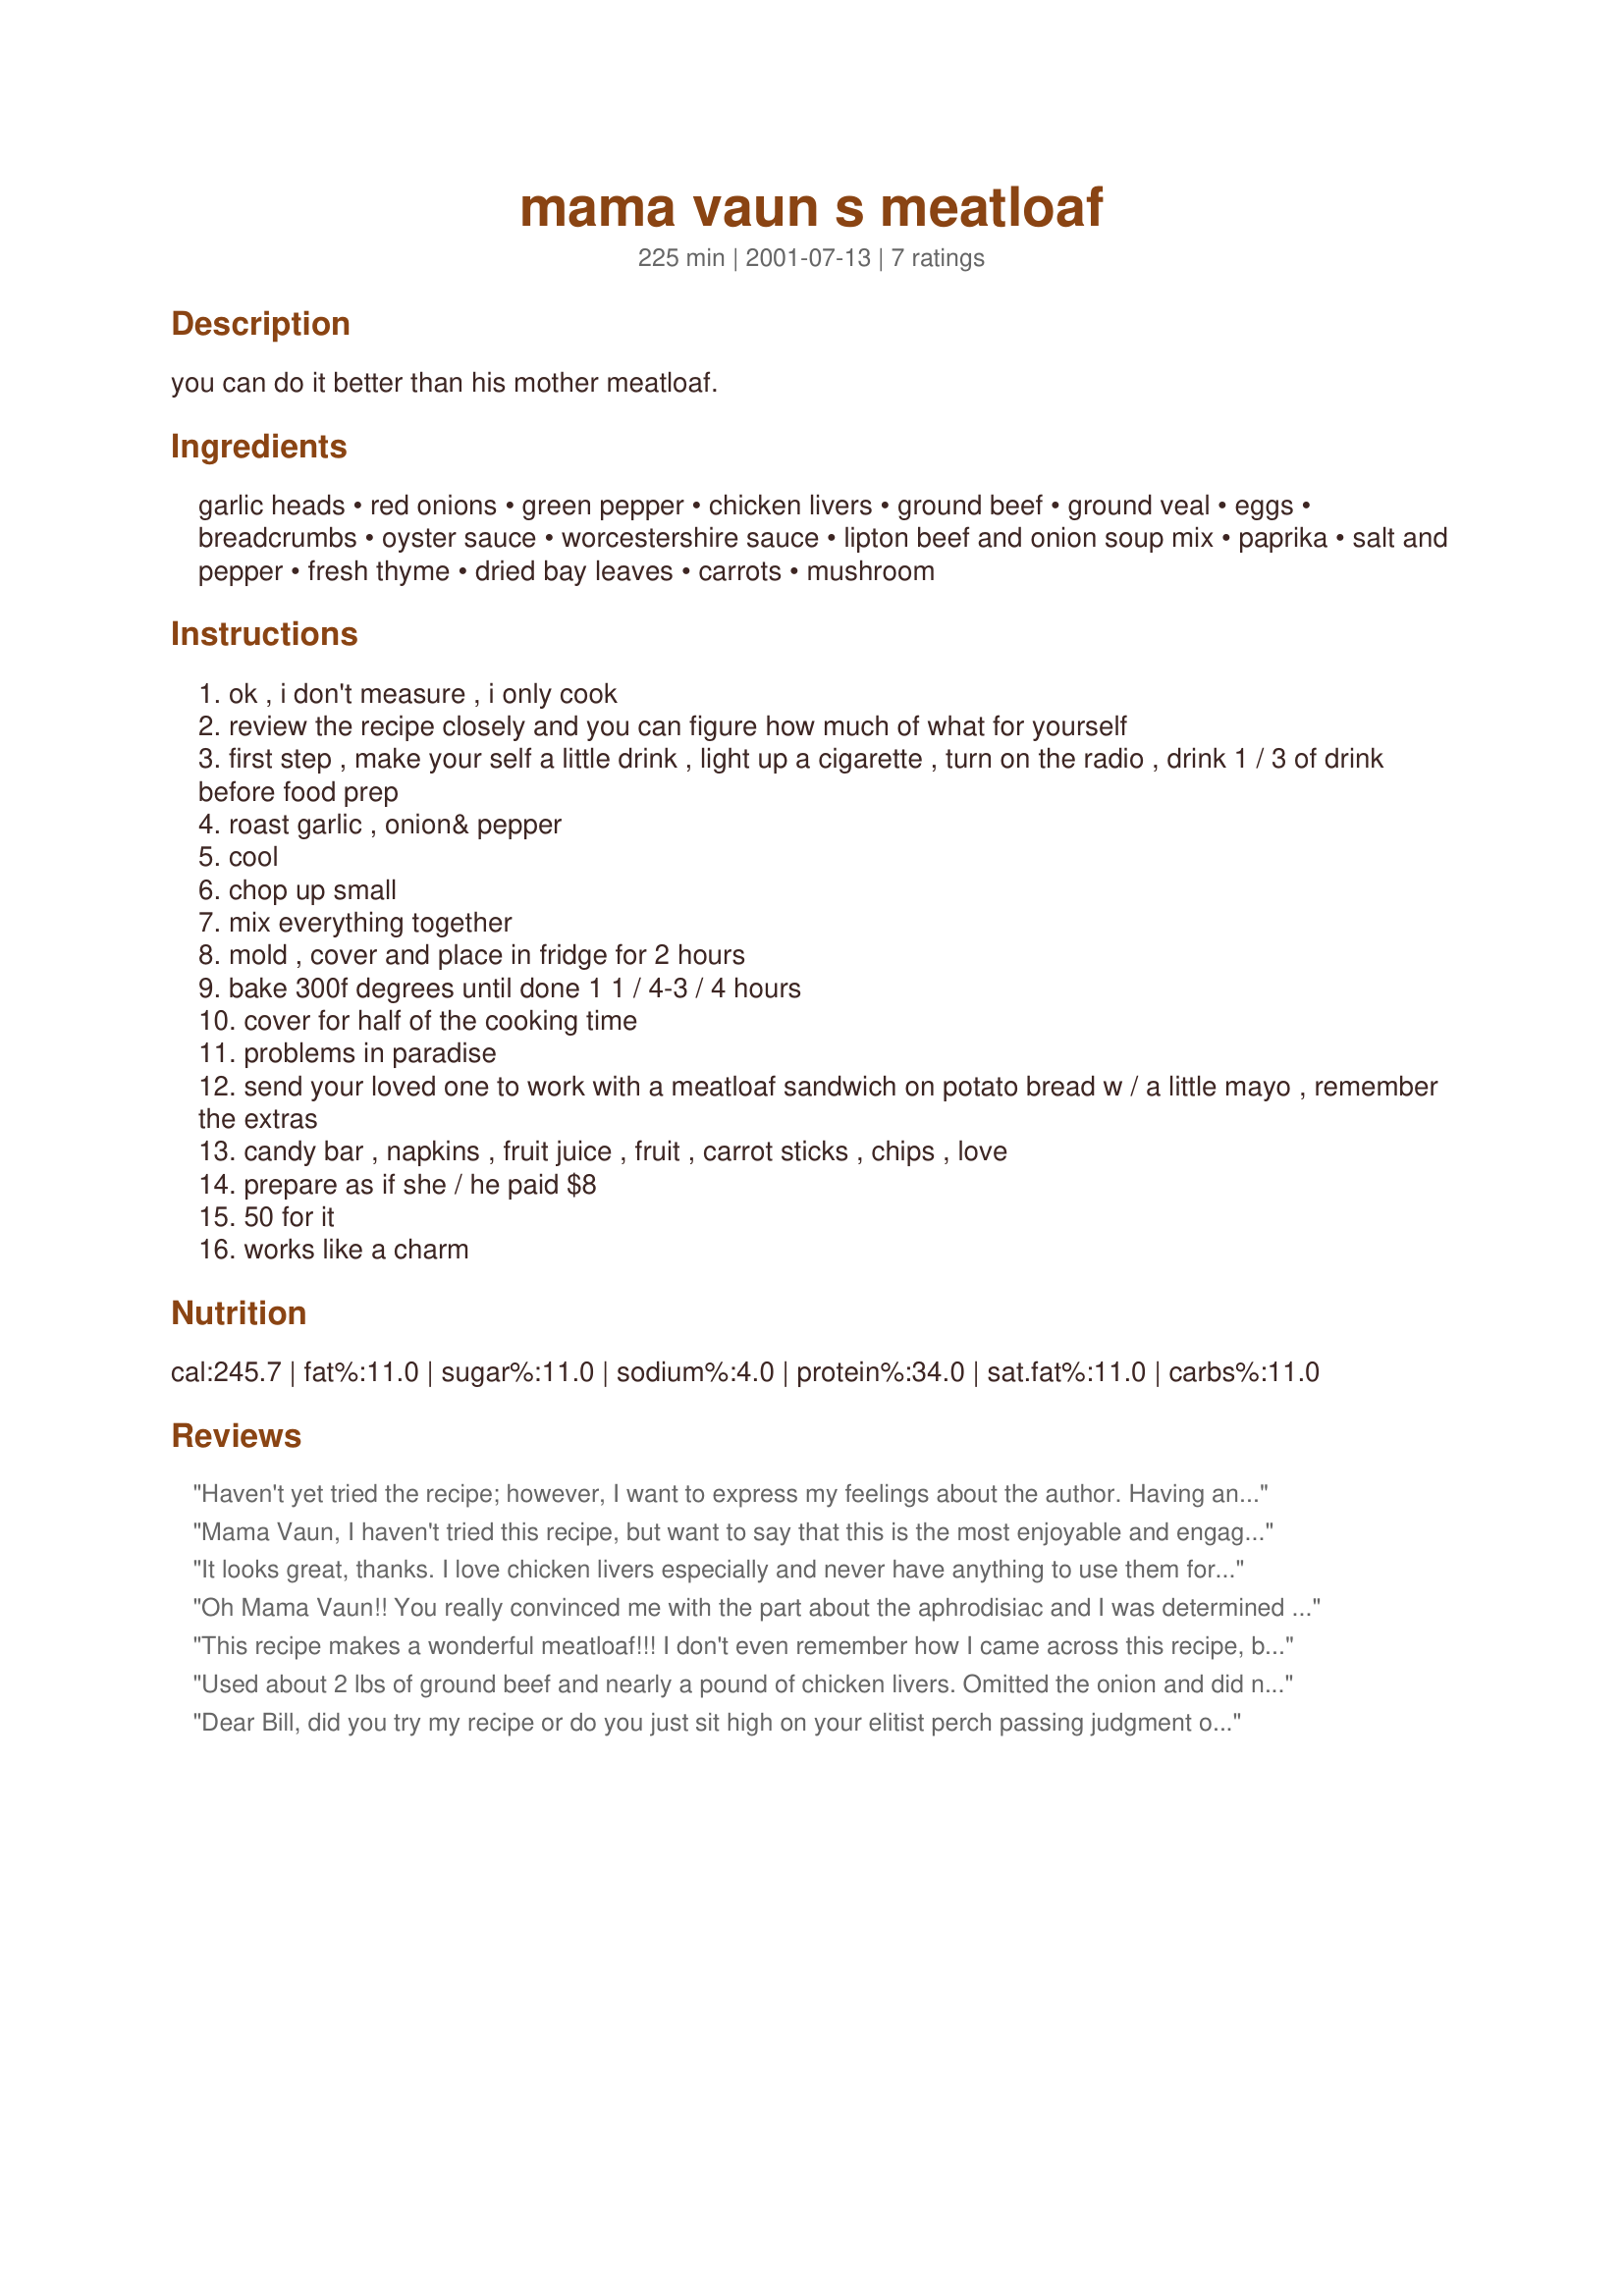
mama vaun s meatloaf
Preparation time: 225 minutes

you can do it better than his mother meatloaf.

Ingredients:
garlic heads, red onions, green pepper, chicken livers, ground beef, ground veal, eggs, breadcrumbs, oyster sauce, worcestershire sauce, lipton beef and onion soup mix, paprika, salt and pepper, fresh thyme, dried bay leaves, carrots, mushroom

Steps:
ok , i don't measure , i only cook
review the recipe closely and you can figure how much of what for yourself
first step , make your self a little drink , light up a cigarette , turn on the radio , drink 1 / 3 of drink before food prep
roast garlic , onion& pepper
cool
chop up small
mix everything together
mold , cover and place in fridge for 2 hours
bake 300f degrees until done 1 1 / 4-3 / 4 hours
cover for half of the cooking time
problems in paradise
send your loved one to work with a meatloaf sandwich on potato bread w / a little mayo , remember the extras
candy bar , napkins , fruit juice , fruit , carrot sticks , chips , love
prepare as if she / he paid $8
50 for it
works like a charm

Reviews:
Haven't yet tried the recipe; however, I want to express my feelings about the author. Having an open mind (and a cheerful attitude), I found the recipe quite light hearted and got a bit of a chuckle from it! Thanks for the humor... without it, the world would be a miserable place. Might just be that place where those others are stuck and can't get out of since they think those of us "dumpers and pourers" are arrogant. Ha! Thanks again for making my day :)
Mama Vaun, I haven't tried this recipe, but want to say that this is the most enjoyable and engaging recipe i've ever read, here or elsewhere. thanks for the yummy-sounding recipe and seemingly sound advice. who knew meatloaf could be this sexy? :-)cheers, milla
It looks great, thanks. I love chicken livers especially and never have anything to use them for other than plain and fried. Plus everynight afterwork I open a beer, cook and take a cigarette break so it is perfect. I know I shouldnt smoke, quit for 7 months and started again, will try again soon.
Oh Mama Vaun!! You really convinced me with the part about the aphrodisiac and I was determined to make this recipe. I did exactly what you said to do and made myself the concoction in #3(except I substituted a gin martini..hehe) That is as far as I got! I'll have to try it again, real soon(when the headache wears off). I can't wait! I just hope I can get past what you say is the first step. We will need a "12 step" program for "meatloaf". Whatever some of the other reviews have said I must say that I loved the recipe. It made my day. In my present condition, after the first step, Bill's perch would be a very precarious place to be. Glad I'm not Bill!! Thanks again for the fun.. Keep 'em coming.
This recipe makes a wonderful meatloaf!!! I don't even remember how I came across this recipe, but was intrigued by the ingredients - the oyster sauce and the chicken livers were a new addition for me. Awesome, awesome, awesome. I have tried four or five meatloaf recipes from recipezaar and this is currently number 1! I used only 1 bunch roasted garlic, the ground beef and ground veal, and only 2 chicken livers as I was a little scared of this one. I will make this recipe again soon. Oh, also the meatloaf was huge! Plenty left after serving dinner to 3 adults to make 3 meatloaf sandwiches tomorrow, plus take enough to my sister for dinner for her and the hubby.
Used about 2 lbs of ground beef and nearly a pound of chicken livers. Omitted the onion and did not roast the garlic. Added some ketchup and a bit of pomegranate juice. Delish. Even my picky eater ate this. Thank you so much.
Dear Bill, did you try my recipe or do you just sit high on your elitist perch passing judgment on the masses? Apparently, extensive inbreeding has left you not only unpleasant but also simple. I will edit my recipe a little for your benefit. This time, please give it a try before branding me.
Also get it right; I am arrogant and incredibly beautiful.
